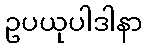
ဥပယုပါဒါနာ